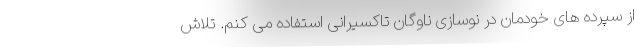
از سپرده های خودمان در نوسازی ناوگان تاکسیرانی استفاده می کنم. تلاش